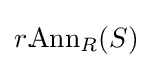
r.\!\mathrm {Ann} _{R}(S)